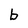
Character: b